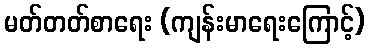
မတ်တတ်စာရေး (ကျန်းမာရေးကြောင့်)